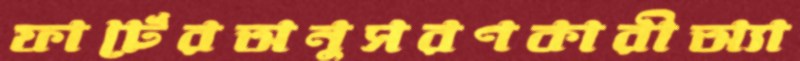
ফার্টেরঅনুসরণকারীঅ্যা